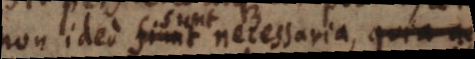
non ideo fiunt necessaria, quia ne